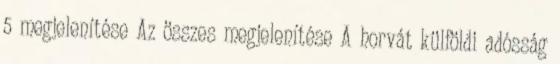
5 megjelenítése Az összes megjelenítése A horvát külföldi adósság